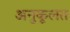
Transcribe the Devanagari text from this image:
अनुकूलत